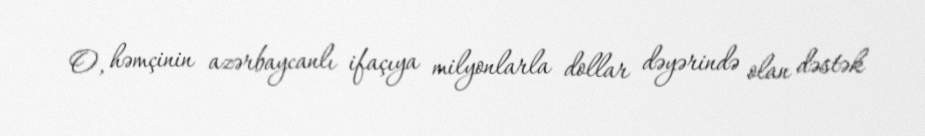
O, həmçinin azərbaycanlı ifaçıya milyonlarla dollar dəyərində olan dəstək